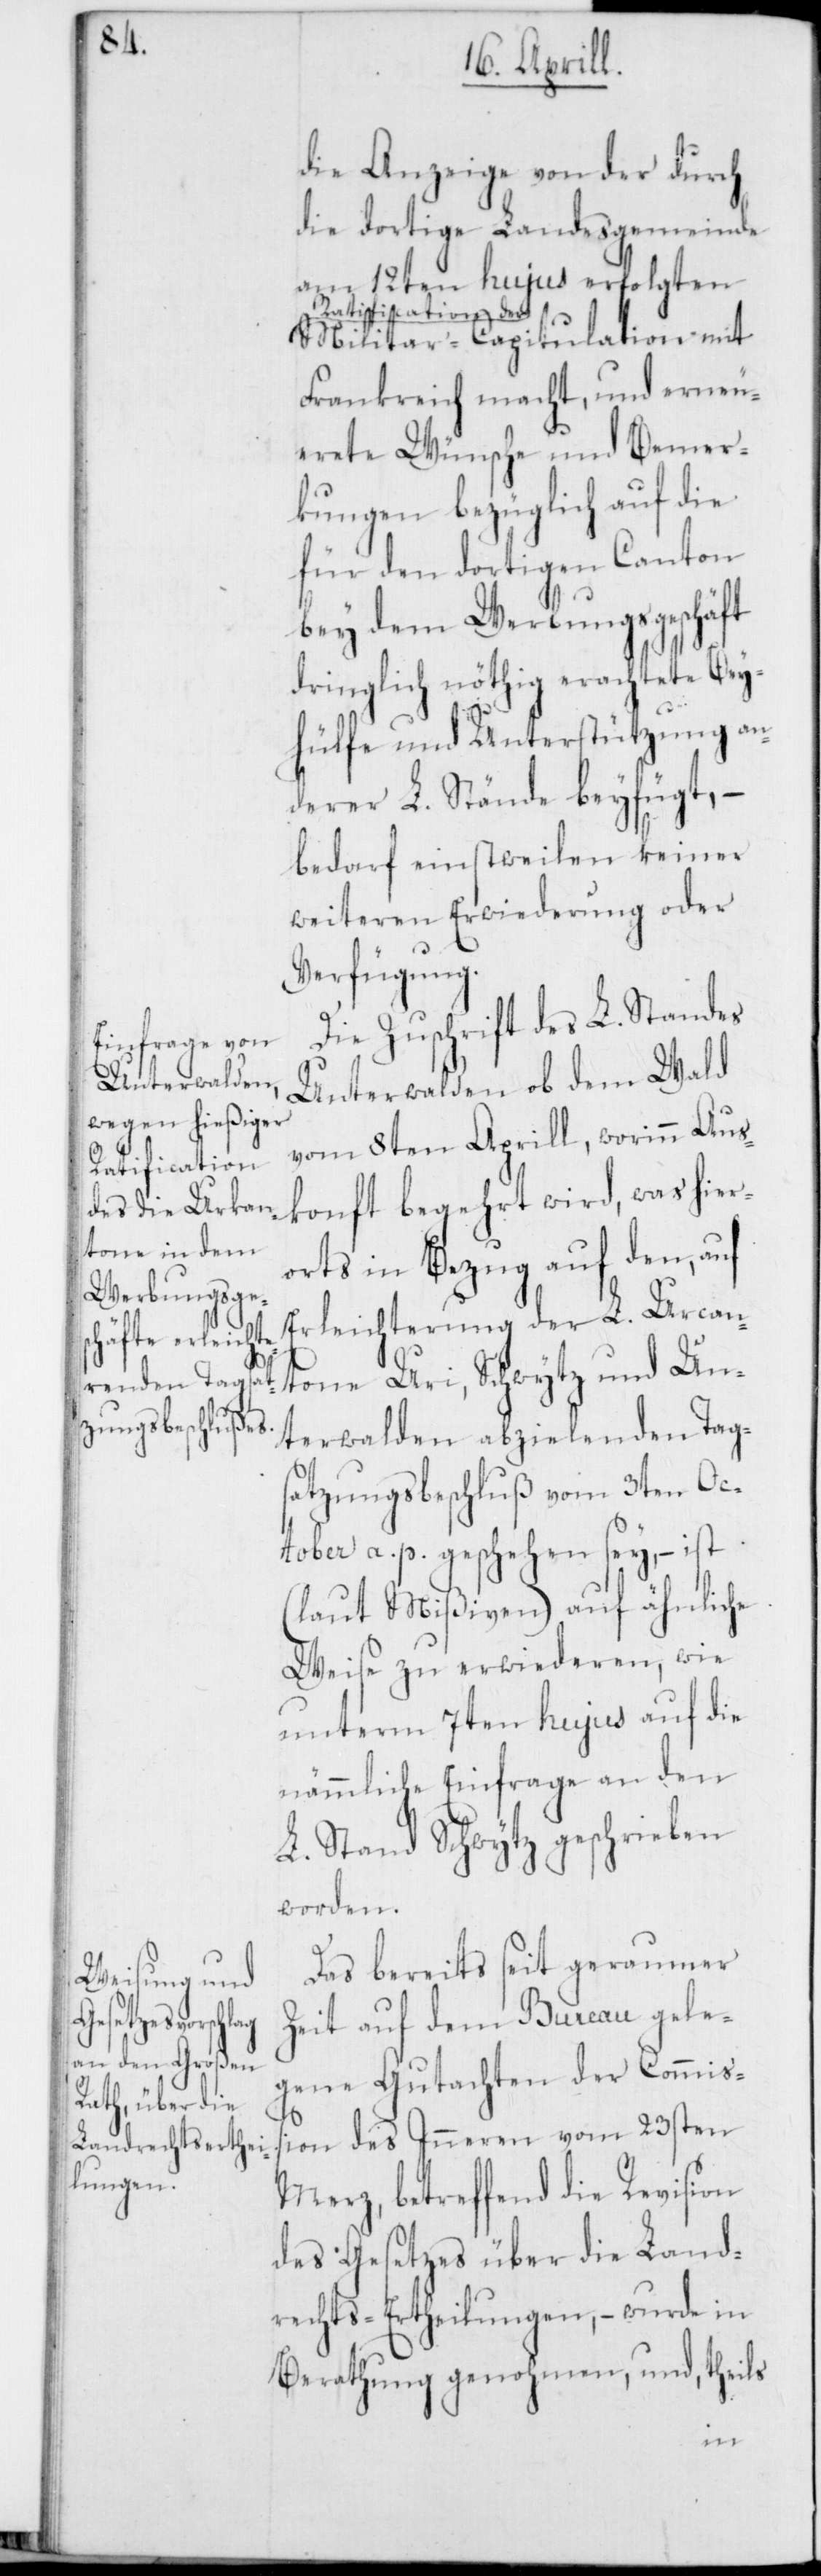
Ratification

die Anzeige von der durch
die dortige Landesgemeinde
am 12ten hujus erfolgten
Militar-Capitulation mit
Frankreich macht, und erneu¬
erete Wünsche und Bemer¬
kungen bezüglich auf die
für den dortigen Canton
bey dem Webungsgeschäft
dringlich nöthig erachtete Bey¬
hülfe und Unterstützung an¬
derer L. Stände beyfügt, –
bedarf einstweilen keiner
weiteren Erwiderung oder
Verfügung.
Die Zuschrift des L. Standes
Unterwalden ob dem Wald
vom 8ten Aprill, worinn Aus¬
konft begehrt wird, was hier¬
orts in Bezug auf den, auf
Erleichterung der L. Urcan¬
tone Uri, Schwytz und Un¬
terwalden abzielenden Tag¬
satzungsbeschluß vom 3ten Oc¬
tober a. p. geschehen sey, – ist
(laut Mißiven) auf ähnliche
Weise zu erwiederen, wie
unterm 7ten hujus auf die
nämmliche Einfrage an den
L. Stand Schwytz geschrieben
worden.
Das bereits seit geraumer
Zeit auf dem Bureau gele¬
gene Gutachten der Commiß¬
ion des Inneren vom 23sten
Merz, betreffend die Revision
des Gesetzes über die Land¬
rechts-Ertheilungen, – wurde in
Berathung genohmen, und, theils